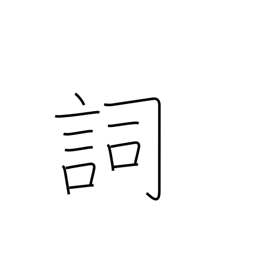
Meaning: part of speech